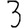
Digit: 3